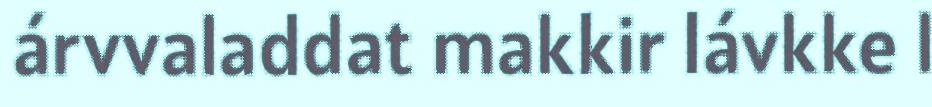
árvvaladdat makkir lávkke l